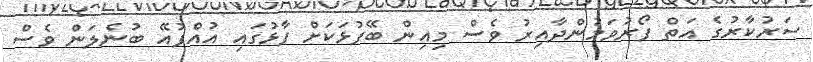
ސަރުކާރުގެ އަތް ފޯރުވަމުންދާއިރު ވެސް މިއިން ބޭފުޅަކަށް ފާޅުގައި އުއްފުއޭ ބުނެލަން ވެސް